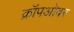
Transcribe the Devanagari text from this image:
क्रॉपओवर